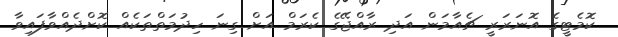
ކޮމެޓީގެ އޮނަރަރީ ޗެއާމަން އަދި ރާއްޖޭގެ ކެރަމް އަށް ގިނަ ހިދުމަތްތަކެއް ކޮށްދެއްވާފައިވާ